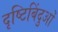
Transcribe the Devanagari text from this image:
दृष्टिबिंदुओं